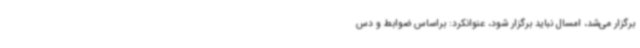
برگزار می‌شد، امسال نباید برگزار شود، عنوانکرد: براساس ضوابط و دس